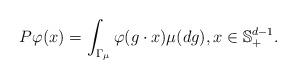
LaTeX: \begin{align*}P \varphi (x) = \int_{ \Gamma_{\mu} } \varphi(g \cdot x) \mu(dg), x \in \mathbb{S}^{d-1}_{+}. \end{align*}